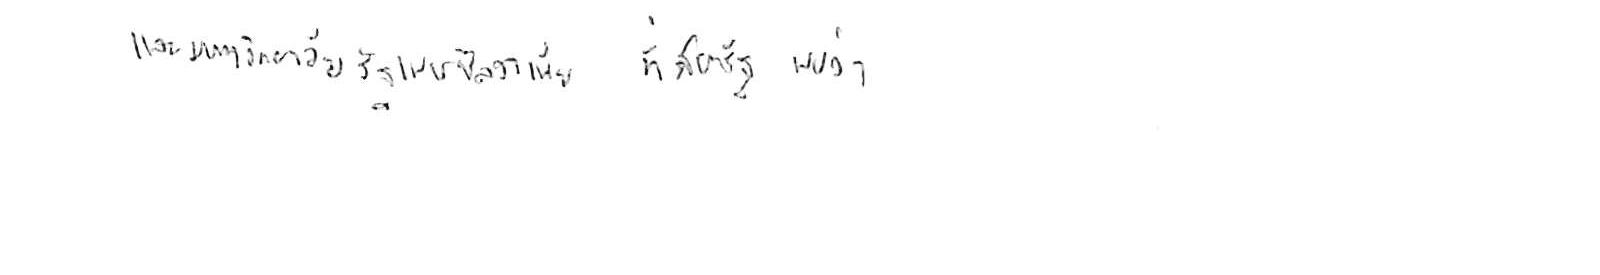
และมหาวิทยาลัยรัฐเพนซิลวาเนีย ที่สหรัฐ พบว่า